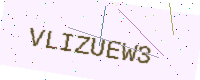
Text: VLIZUEW3